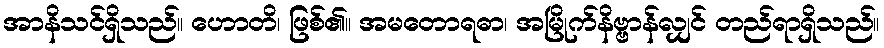
အာနိသင်ရှိသည်။ ဟောတိ၊ ဖြစ်၏။ အမတောရဓာ၊ အမြိုက်နိဗ္ဗာန်လျှင် တည်ရာရှိသည်။